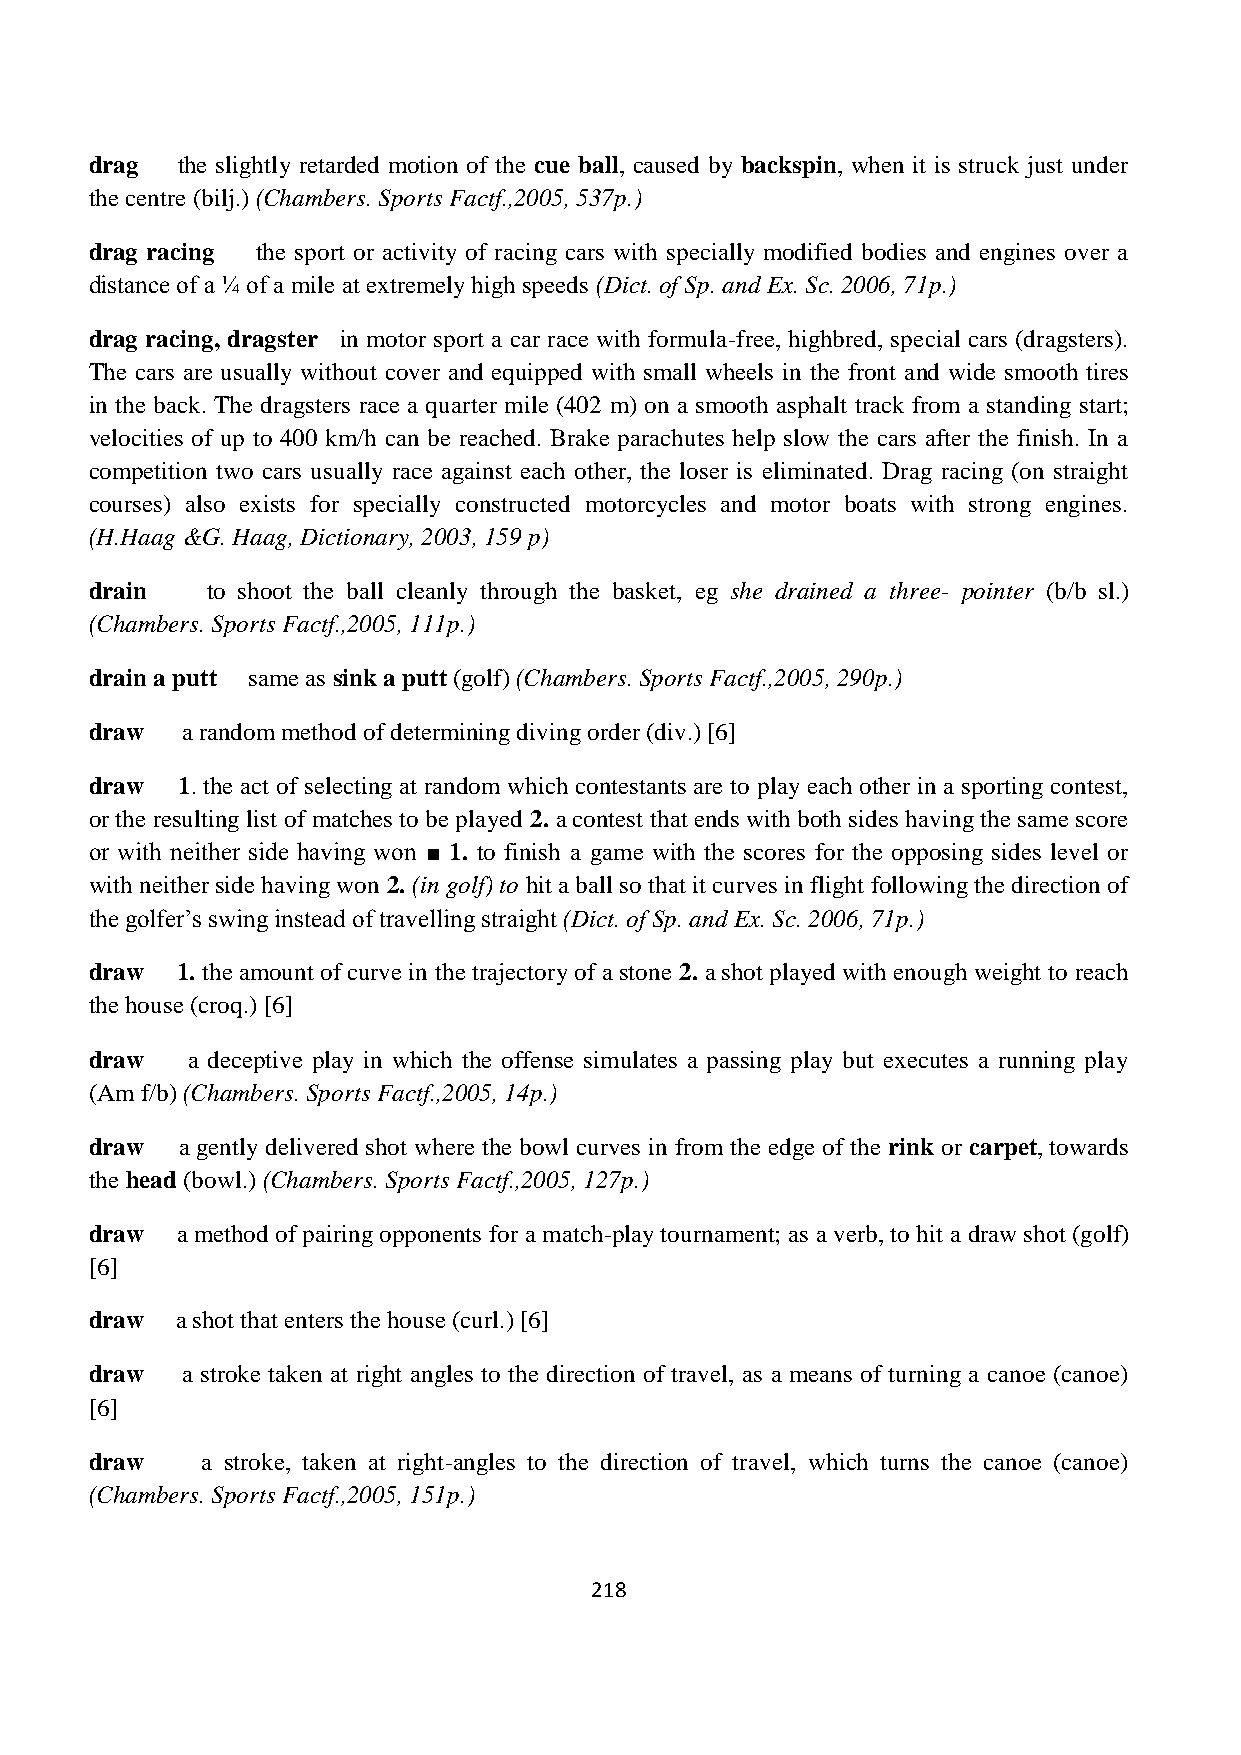
drag  the slightly retarded motion of the cue ball, caused by backspin, when it is struck just under
 the centre (bilj.) (Chambers. Sports Factf.,2005, 537p.)
 drag racing the sport or activity of racing cars with specially modified bodies and engines over a
 distance of a ¼ of a mile at extremely high speeds (Dict. of Sp. and Ex. Sc. 2006, 71p.)
 drag racing, dragster in motor sport a car race with formula-free, highbred, special cars (dragsters).
 The cars are usually without cover and equipped with small wheels in the front and wide smooth tires
 in the back. The dragsters race a quarter mile (402 m) on a smooth asphalt track from a standing start;
 velocities of up to 400 km/h can be reached. Brake parachutes help slow the cars after the finish. In a
 competition two cars usually race against each other, the loser is eliminated. Drag racing (on straight
 courses) also exists for specially constructed motorcycles and motor boats with strong engines.
 (H.Haag &G. Haag, Dictionary, 2003, 159 p)
 drain   to shoot the ball cleanly through the basket, eg she drained a three- pointer (b/b sl.)
 (Chambers. Sports Factf.,2005, 111p.)
 drain a putt same as sink a putt (golf) (Chambers. Sports Factf.,2005, 290p.)
 draw  a random method of determining diving order (div.) [6]
 draw  1. the act of selecting at random which contestants are to play each other in a sporting contest,
 or the resulting list of matches to be played 2. a contest that ends with both sides having the same score
 or with neither side having won ■ 1. to finish a game with the scores for the opposing sides level or
 with neither side having won 2. (in golf) to hit a ball so that it curves in flight following the direction of
 the golfer’s swing instead of travelling straight (Dict. of Sp. and Ex. Sc. 2006, 71p.)
 draw  1. the amount of curve in the trajectory of a stone 2. a shot played with enough weight to reach
 the house (croq.) [6]
 draw  a deceptive play in which the offense simulates a passing play but executes a running play
 (Am f/b) (Chambers. Sports Factf.,2005, 14p.)
 draw  a gently delivered shot where the bowl curves in from the edge of the rink or carpet, towards
 the head (bowl.) (Chambers. Sports Factf.,2005, 127p.)
 draw  a method of pairing opponents for a match-play tournament; as a verb, to hit a draw shot (golf)
 [6]
 draw  a shot that enters the house (curl.) [6]
 draw  a stroke taken at right angles to the direction of travel, as a means of turning a canoe (canoe)
 [6]
 draw   a stroke, taken at right-angles to the direction of travel, which turns the canoe (canoe)
 (Chambers. Sports Factf.,2005, 151p.)
 218